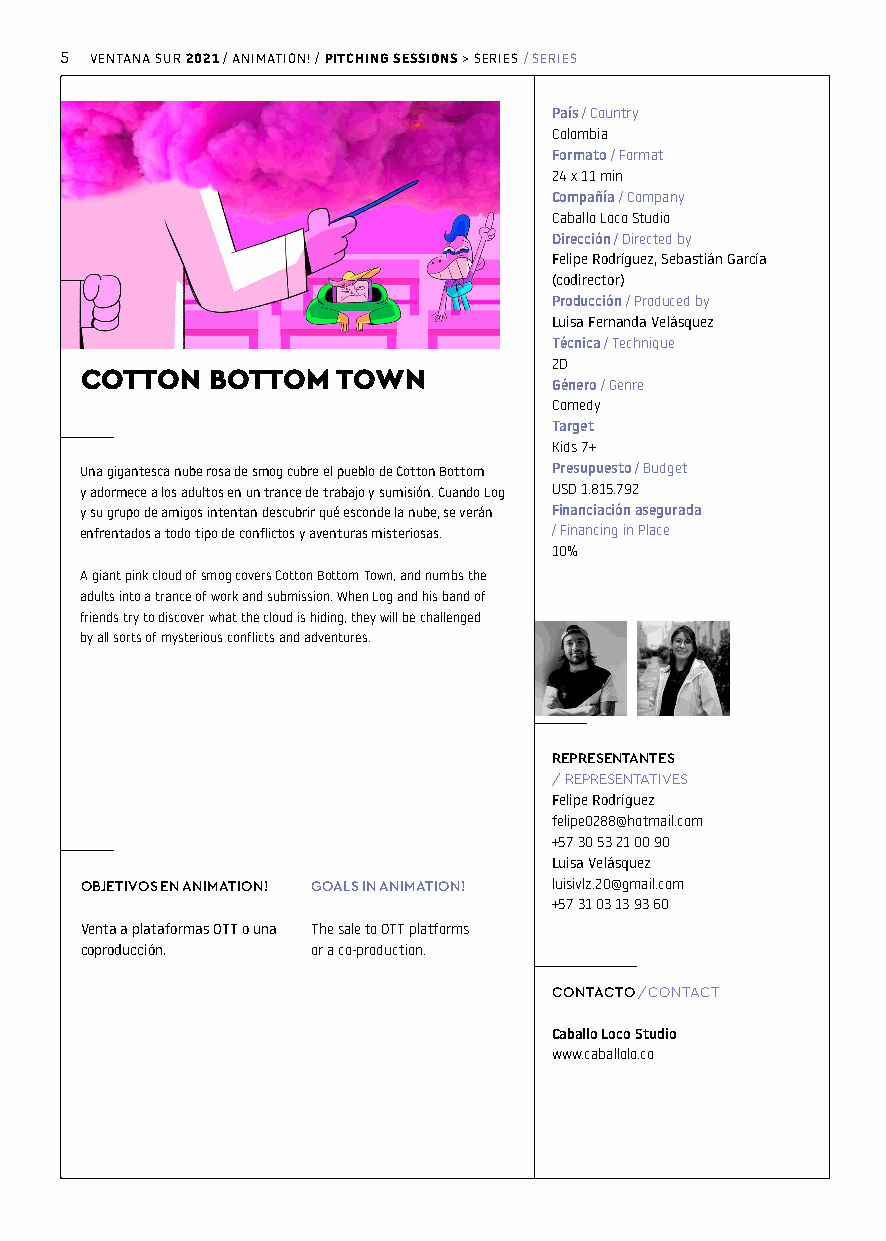
5 VENTANA SUR / ANIMATION! / > SERIES / SERIES
 2021     PITCHING SESSIONS
 País / Country
 Colombia
 Formato / Format
 24 x 11 min
 Compañía / Company
 Caballo Loco Studio
 Dirección / Directed by
 Felipe Rodríguez, Sebastián García
 (codirector)
 Producción / Produced by
 Luisa Fernanda Velásquez
 Técnica / Technique
 2D
 COTTON   BOTTOM  TOWN
 Género / Genre
 Comedy
 Target
 Kids 7+
 Una gigantesca nube rosa de smog cubre el pueblo de Cotton Bottom Presupuesto / Budget
 y adormece a los adultos en un trance de trabajo y sumisión. Cuando Log USD 1.815.792
 y su grupo de amigos intentan descubrir qué esconde la nube, se verán Financiación asegurada
 enfrentados a todo tipo de conflictos y aventuras misteriosas. / Financing in Place
 10%
 A giant pink cloud of smog covers Cotton Bottom Town, and numbs the
 adults into a trance of work and submission. When Log and his band of
 friends try to discover what the cloud is hiding, they will be challenged
 by all sorts of mysterious conflicts and adventures.
 REPRESENTANTES
 / REPRESENTATIVES
 Felipe Rodríguez
 felipe0288@hotmail.com
 +57 30 53 21 00 90
 Luisa Velásquez
 OBJETIVOS EN ANIMATION! GOALS IN ANIMATION! luisivlz.20@gmail.com
 +57 31 03 13 93 60
 Venta a plataformas OTT o una The sale to OTT platforms
 coproducción.   or a co-production.
 CONTACTO / CONTACT
 Caballo Loco Studio
 www.caballolo.co